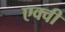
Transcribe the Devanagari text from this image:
एक्वी